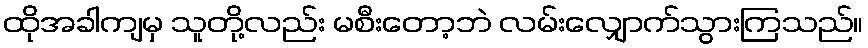
ထိုအခါကျမှ သူတို့လည်း မစီးတော့ဘဲ လမ်းလျှောက်သွားကြသည်။